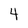
Character: 4